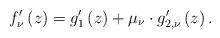
LaTeX: \begin{align*}f_{\nu}'\left(z\right)=g_{1}'\left(z\right)+\mu_{\nu}\cdot g_{2,\nu}'\left(z\right).\end{align*}